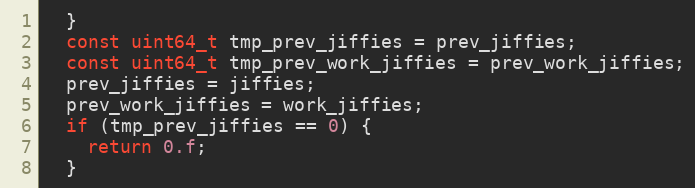
Language: C++
  }
  const uint64_t tmp_prev_jiffies = prev_jiffies;
  const uint64_t tmp_prev_work_jiffies = prev_work_jiffies;
  prev_jiffies = jiffies;
  prev_work_jiffies = work_jiffies;
  if (tmp_prev_jiffies == 0) {
    return 0.f;
  }